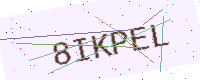
Text: 8IKPEL